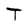
Character: T